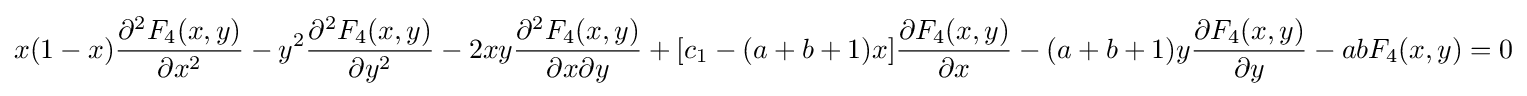
x(1-x){\frac {\partial ^{2}F_{4}(x,y)}{\partial x^{2}}}-y^{2}{\frac {\partial ^{2}F_{4}(x,y)}{\partial y^{2}}}-2xy{\frac {\partial ^{2}F_{4}(x,y)}{\partial x\partial y}}+[c_{1}-(a+b+1)x]{\frac {\partial F_{4}(x,y)}{\partial x}}-(a+b+1)y{\frac {\partial F_{4}(x,y)}{\partial y}}-abF_{4}(x,y)=0